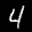
Label: 4